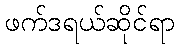
ဖက်ဒရယ်ဆိုင်ရာ